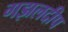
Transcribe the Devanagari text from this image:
गझलदीप